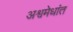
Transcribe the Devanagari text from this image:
अश्वमेधांत